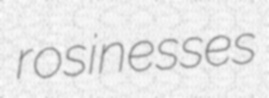
rosinesses